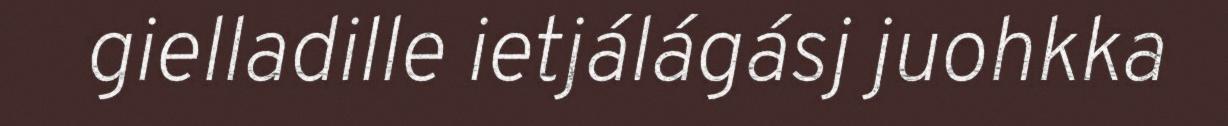
gielladille ietjálágásj juohkka